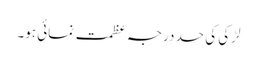
لڑکی کی حد درجہ عظمت نمائی ہو۔